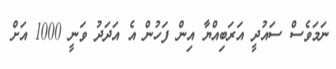
ނަމަވެސް ސައުދީ އަރަބިއްޔާ އިން ފަހުން އެ އަދަދު ވަނީ 1000 އަށް